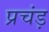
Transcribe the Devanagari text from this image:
प्रचंड़